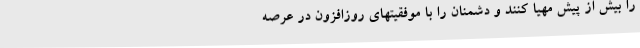
را بیش از پیش مهیا کنند و دشمنان را با موفقیتهای روزافزون در عرصه